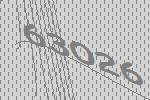
63026